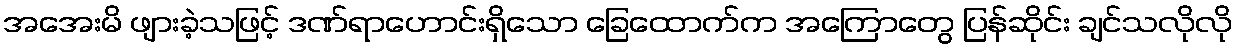
အအေးမိ ဖျားခဲ့သဖြင့် ဒဏ်ရာဟောင်းရှိသော ခြေထောက်က အကြောတွေ ပြန်ဆိုင်း ချင်သလိုလို